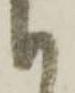
も